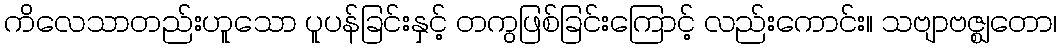
ကိလေသာတည်းဟူသော ပူပန်ခြင်းနှင့် တကွဖြစ်ခြင်းကြောင့် လည်းကောင်း။ သဗျာဗဇ္ဈတော၊